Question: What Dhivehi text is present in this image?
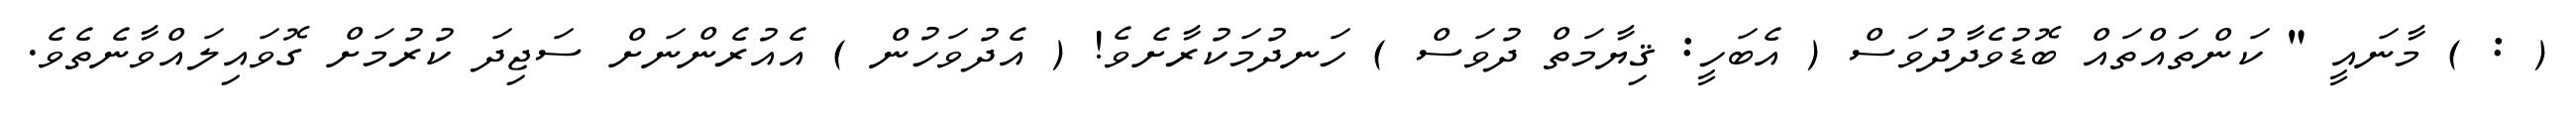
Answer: ( : ) މާނައީ " ކަންތައްތައް ބޮޑުވެދާދުވަސް ( އެބަހީ: ޤިޔާމަތް ދުވަސް ) ހަނދުމަކުރާށެވެ! ( އެދުވަހުން ) އެއުރެންނަށް ސަޖިދަ ކުރުމަށް ގޮވައިލައްވާނެތެވެ.